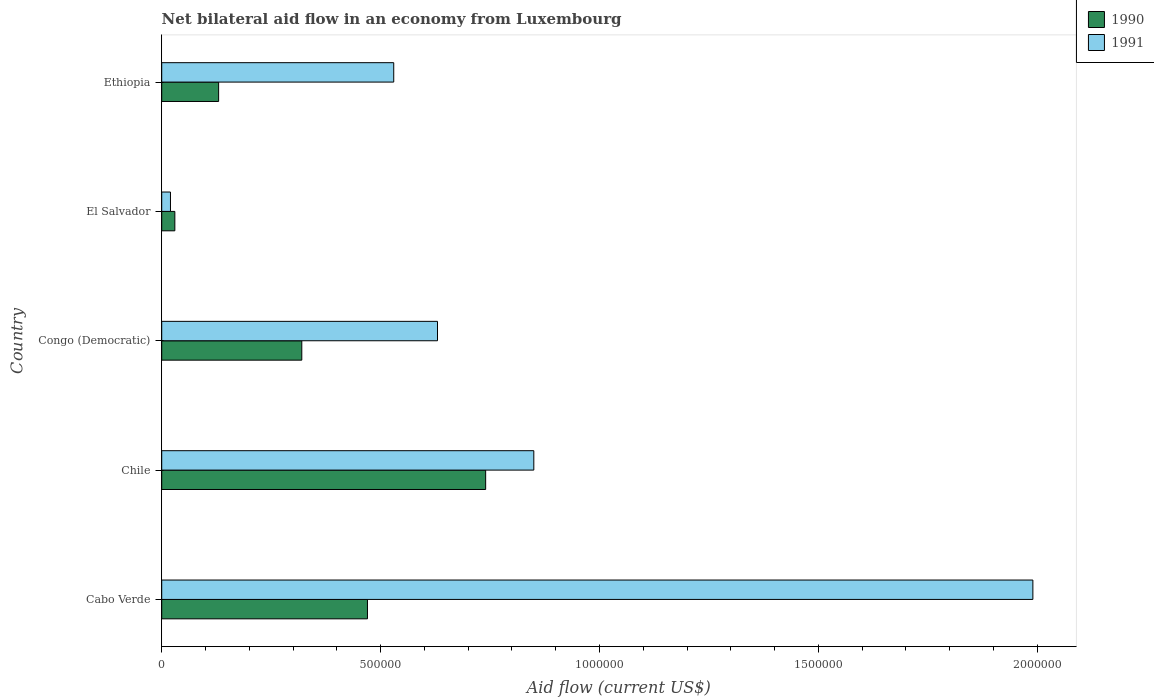
| Country | 1990 | 1991 |
 | --- | --- | --- |
 | Cabo Verde | 4.7e+05 | 1.99e+06 |
 | Chile | 7.4e+05 | 8.5e+05 |
 | Congo (Democratic) | 3.2e+05 | 6.3e+05 |
 | El Salvador | 3e+04 | 2e+04 |
 | Ethiopia | 1.3e+05 | 5.3e+05 |